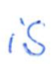
Text: is
Cross-out: clean
Writing tool: ballpoint